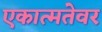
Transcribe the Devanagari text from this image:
एकात्मतेवर